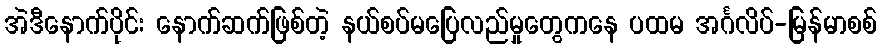
အဲဒီနောက်ပိုင်း နောက်ဆက်ဖြစ်တဲ့ နယ်စပ်မပြေလည်မှုတွေကနေ ပထမ အင်္ဂလိပ်-မြန်မာစစ်